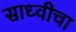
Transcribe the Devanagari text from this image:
साध्वीचा